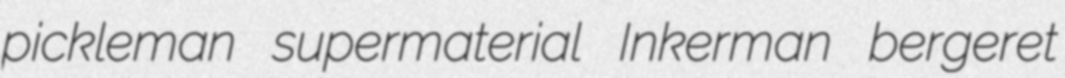
pickleman supermaterial Inkerman bergeret